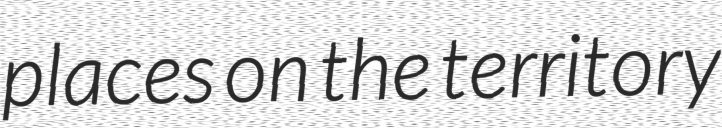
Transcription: places on the territory